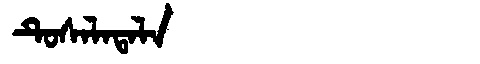
Manchu: ᡨᡠᠰᠠᠯᠠᡨᠠᠯᠠ
Romanization: TUSALATALA